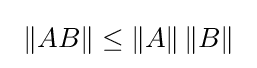
\ \left\|AB\right\|\leq \left\|A\right\|\left\|B\right\|\